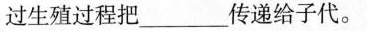
过生殖过程把___传递给子代。